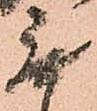
無